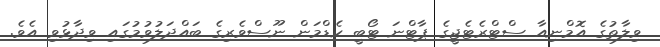
ވިލާތުގެ އޮމްނިއާ ސްޓްރެޓެޖީގެ ޕާޓްނަ ޓޯބީ ކެޑްމަން ނޫސްވެރިގެ ބައްދަލުވުމުގައި ވިދާޅުވި އެވެ.